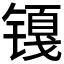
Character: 𲈖